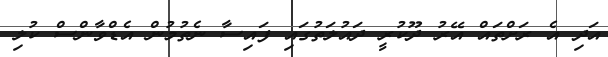
އަދި އެ ރަށްތައް އޭރު ދޫކުރީ ދައުލަތުގައި ފައިސާ ނެތުމުން އެޑްވާންސް ކުލި